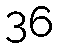
36